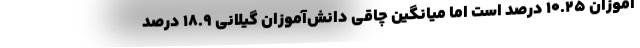
‌آموزان ۱۰.۲۵ درصد است اما میانگین چاقی دانش‌آموزان گیلانی ۱۸.۹ درصد